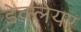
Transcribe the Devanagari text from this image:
डेक्लेयर